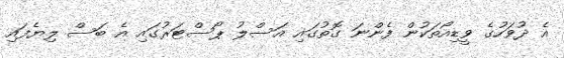
އެ ދުވަހުގެ ވީޑިއޯތަކުން ފެންނަ ގޮތުގައި އަސްލު ޕޯސްޓަރުގައި އެ ބަސް ލިޔެފައި